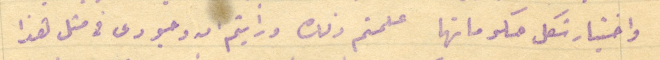
واختيار شكل حكوماتها علمتم ذلك ورأيتم ان وجودى فى مثل هذا